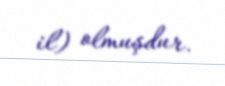
il) olmuşdur.